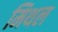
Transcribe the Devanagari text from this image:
मिथल